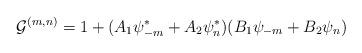
LaTeX: \begin{align*}{\cal G}^{(m,n)} = 1+(A_{1}\psi_{-m}^{\ast} +A_{2}\psi_{n}^{\ast})(B_{1}\psi_{-m} +B_{2}\psi_{n})\end{align*}